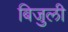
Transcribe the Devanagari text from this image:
बिजुली